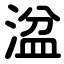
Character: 湓